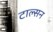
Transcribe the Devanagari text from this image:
टाल्सन